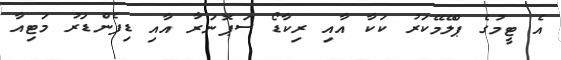
އެ ޓީމުގެ ޕްލޭމޭކަރު ކަކާ އާއި ރިކާޑޯ ސަޕޮނަރާ އާއި ޑިފެންޑަރު މަޓިއާ